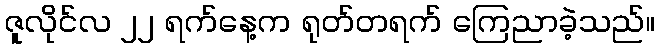
ဇူလိုင်လ ၂၂ ရက်နေ့က ရုတ်တရက် ကြေညာခဲ့သည်။